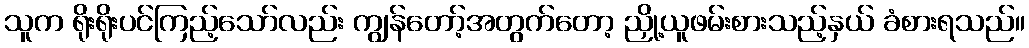
သူက ရိုးရိုးပင်ကြည့်သော်လည်း ကျွန်တော့်အတွက်တော့ ညှို့ယူဖမ်းစားသည့်နှယ် ခံစားရသည်။